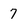
Character: 7